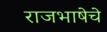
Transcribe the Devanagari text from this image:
राजभाषेचे